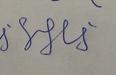
Signature authenticity: forged